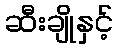
ဆီးချိုနှင့်